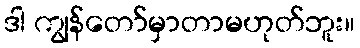
ဒါ ကျွန်တော်မှာတာမဟုတ်ဘူး။